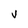
Character: v